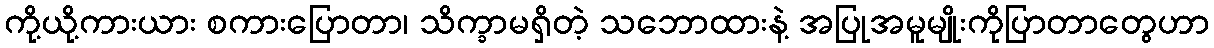
ကို့ယို့ကားယား စကားပြောတာ၊ သိက္ခာမရှိတဲ့ သဘောထားနဲ့ အပြုအမူမျိုးကိုပြာတာတွေဟာ